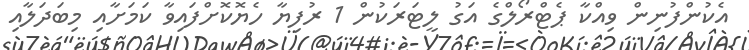
އެކުންފުނިން ވިއްކާ ޕެޓްރޯލްގެ އަގު ލީޓަރަކުން 1 ރުފިޔާ ހެޔޮކޮށްފައިވާ ކަމަށާއި މިބަދަލާއި